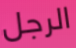
الرجل